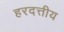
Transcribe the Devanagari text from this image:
हरदत्तीय